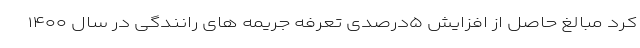
کرد مبالغ حاصل از افزایش ۵درصدی تعرفه جریمه های رانندگی در سال ۱۴۰۰